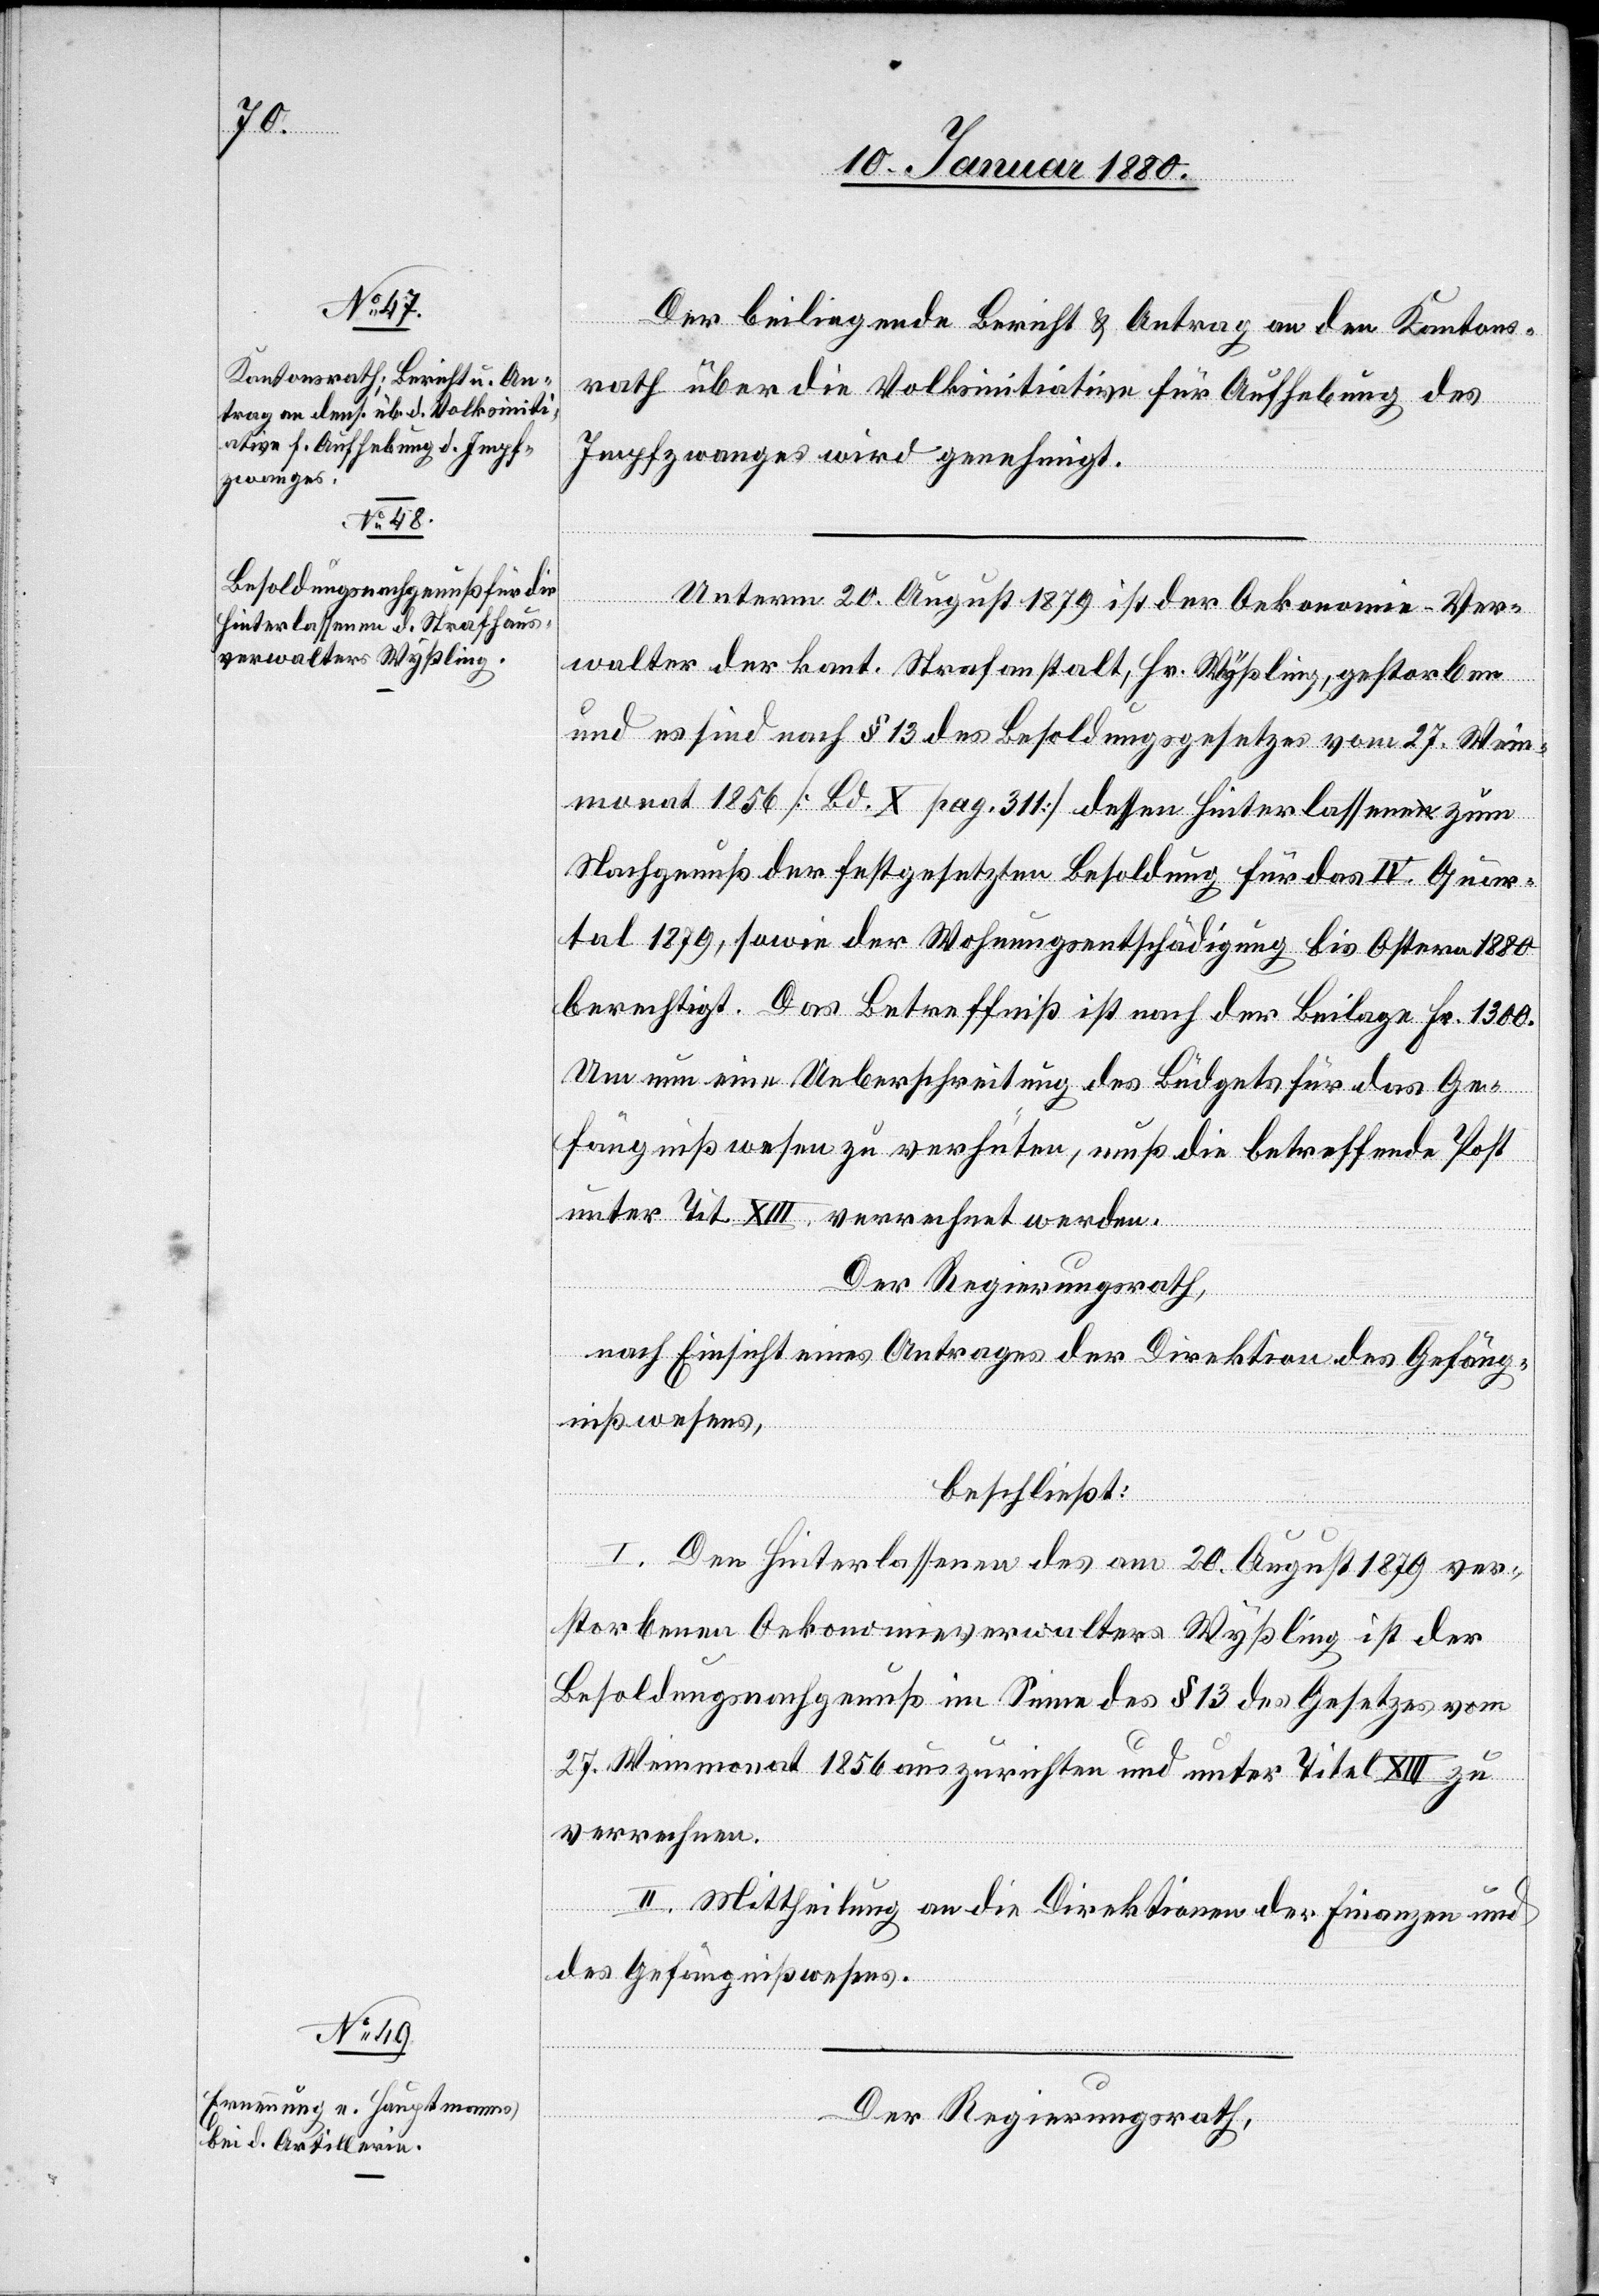
Der beiliegende Bericht & Antrag an den Kantons¬
rath über die Volksinitiative für Aufhebung des
Impfzwanges wird genehmigt.
Unterm 20. August 1879 ist der Oekonomie-Ver¬
walter der kant. Strafanstalt, Hr. Wyßling, gestorben
und es sind nach § 13 des Besoldungsgesetzes vom 27. Wein¬
monat 1856 [Bd. X pag. 311] dessen Hinterlassene zum
Nachgenuß der festgesetzten Besoldung für das IV. Quar¬
tal 1879, sowie der Wohnungsentschädigung bis Ostern 1880
berechtigt. Das Betreffniß ist nach der Beilage Fr. 1300.
Um nun eine Ueberschreitung des Büdgets für das Ge¬
fängnißwesen zu verhüten, muß die betreffende Post
unter Tit. XIII. verrechnet werden.
Der Regierungsrath,
nach Einsicht eines Antrages der Direktion des Gefäng¬
nißwesens,
beschließt:
I. Den Hinterlassenen des am 20. August 1879 ver¬
storbenen Oekonomieverwalters Wyßling ist der
Besoldungsnachgenuß im Sinne des § 13 des Gesetzes vom
27. Weinmonat 1856 auszurichten und unter Titel XIII zu
verrechnen.
II. Mittheilung an die Direktionen der Finanzen und
des Gefängnißwesens.
Der Regierungsrath,